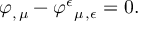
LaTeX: \varphi _ { , \, \mu } - \varphi ^ { \epsilon } { } _ { \mu \, , \epsilon } = 0 .